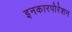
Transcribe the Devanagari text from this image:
इनकारपोरेशन